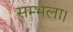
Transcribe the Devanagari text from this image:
सम्भला।